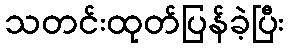
သတင်းထုတ်ပြန်ခဲ့ပြီး